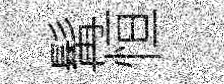
髯恒